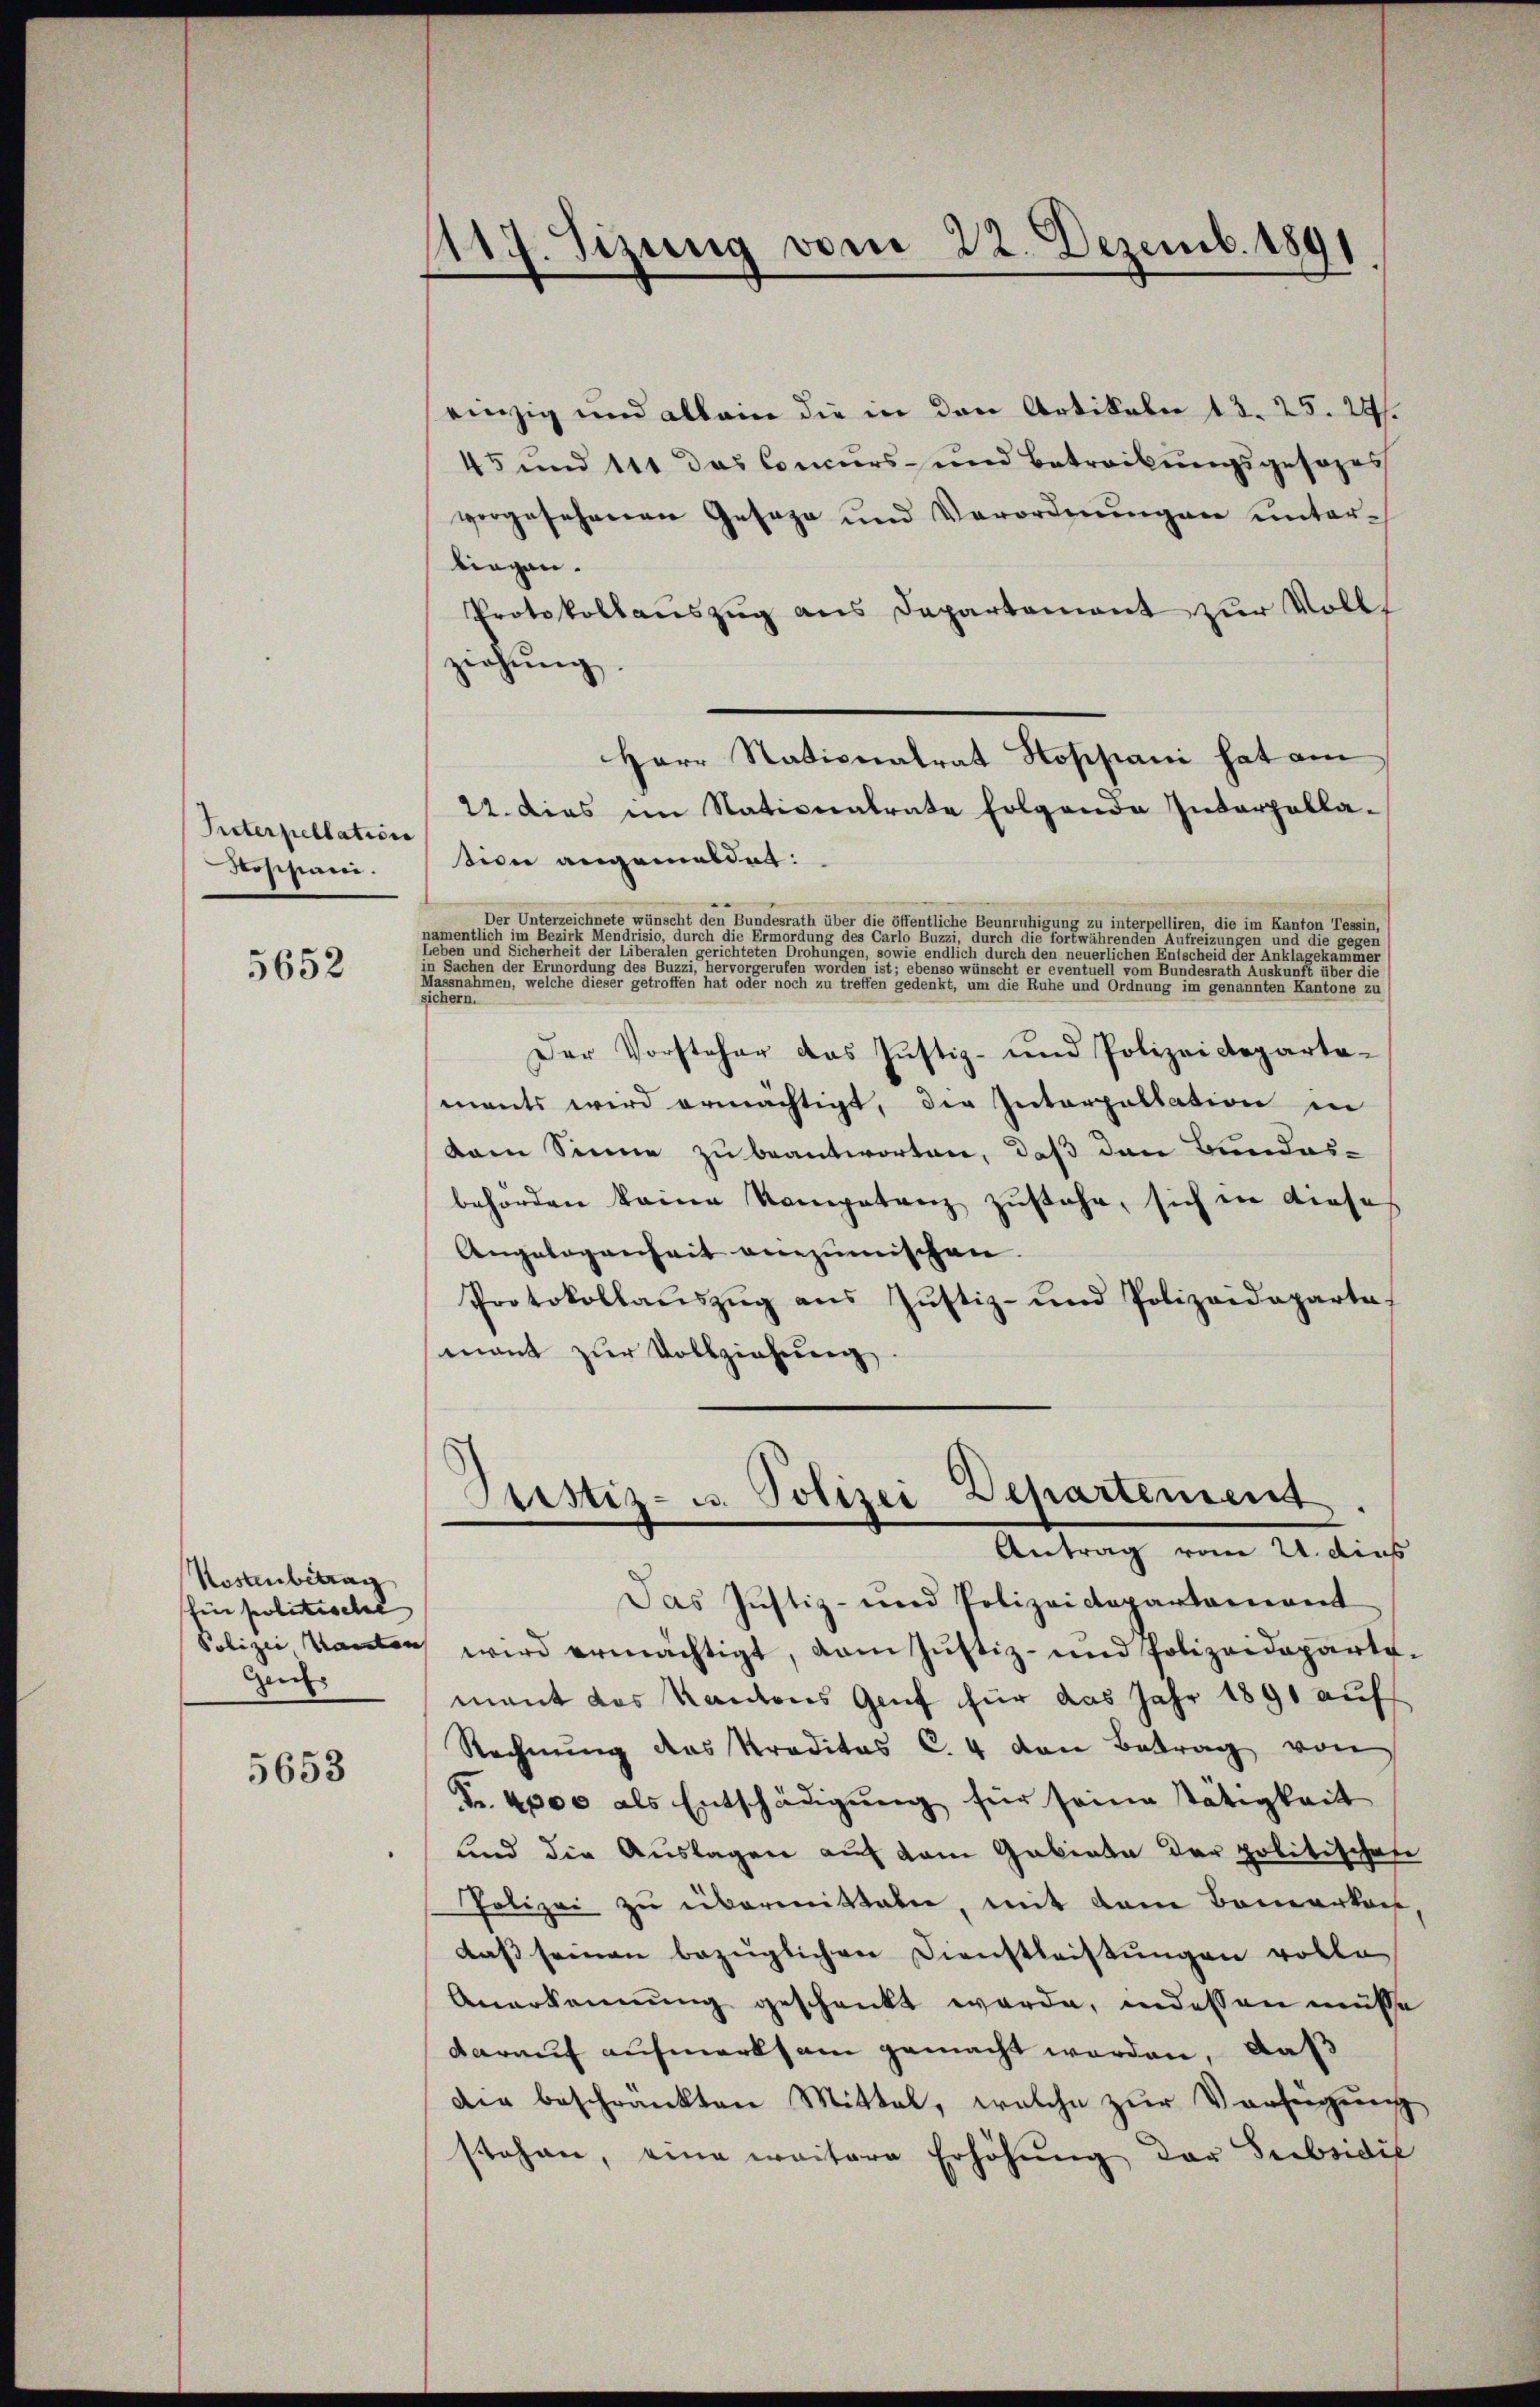
Interpellation
Fossiani.

5652

Kostenbetrag
für politische
Gent

5653

1119. Sizung vom 22. Dezemb. 1891
e

einzig und allein die in den Artikeln 13. 25. 24.
45 und 111 das Concurs- und Betreibungsgesezes
vorgesehenen Gesage und Verordnŭngen unterlingen.
Protokollauszug aus Departement zur Vollt
ziehung.
Herr Nationalrat Hoppani hat am
22. dies im Nationalrate folgende Interpellation angemeldet:
Der Unterzeichnete wünscht den Bundesrath über die öffentliche Beunruhigung zu interpelliren, die im Kanton Tessin,
namentlich im Bezirk Mendrisie, durch die Ermordung des Carlo Buzzi, durch die fortwährenden Aufreizungen und die gegen
Leben und Sicherheit der Liberalen gerichteten Drohungen, sowie endlich durch den neuerlichen Entscheid der Anklagekammer
                                 geraten worden ist, er

Peter
Der Vorsteher das Justiz- und Polizeidepartements wird ermächtigt, die Interpellation in
dam Sinne zu beantworten, daß den Bundes-
behörden keine Kompetenz zustehe, sich in diese
Angelegenheit anzumischen.
Protokollauszug aus Justiz- und Polizeideparte
mant zur Vollziehung
Justiz- u. Polizei Departement
Antrag vom 21. dies
Das Justiz- und Polizeidepartamant
Polizei Kanten wird ermächtigt, vom Justiz- und Polizeidepartemant das Kantons Genf für das Jahr 1891 auf
Rechnŭng des Traditas C. 4 von Betrag von
Fr. 4000 als Entschädigung für seine Tätigkeit
lind die Auslagen auf dem Gebiete der politischen
Polizei zu übermitteln, mit dem Bemerkeit,
daβ seinen bezüglichen Dienstleistungen volle
Anerkennung geschenkt werde, indessen müsse
darauf aufmerksam gemacht worden, daß
die beschränkten Mittel, welche zŭr Vorsagung
stehen, eine weitere Erhöhŭng der Subsidie